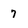
Character: 7